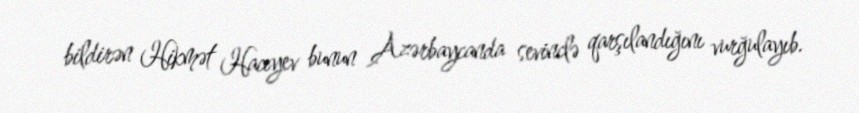
bildirən Hikmət Hacıyev bunun Azərbaycanda sevinclə qarşılandığını vurğulayıb.